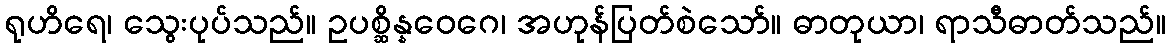
ရုဟိရေ၊ သွေးပုပ်သည်။ ဥပစ္ဆိန္နဝေဂေ၊ အဟုန်ပြတ်စဲသော်။ ဓာတုယာ၊ ရာသီဓာတ်သည်။